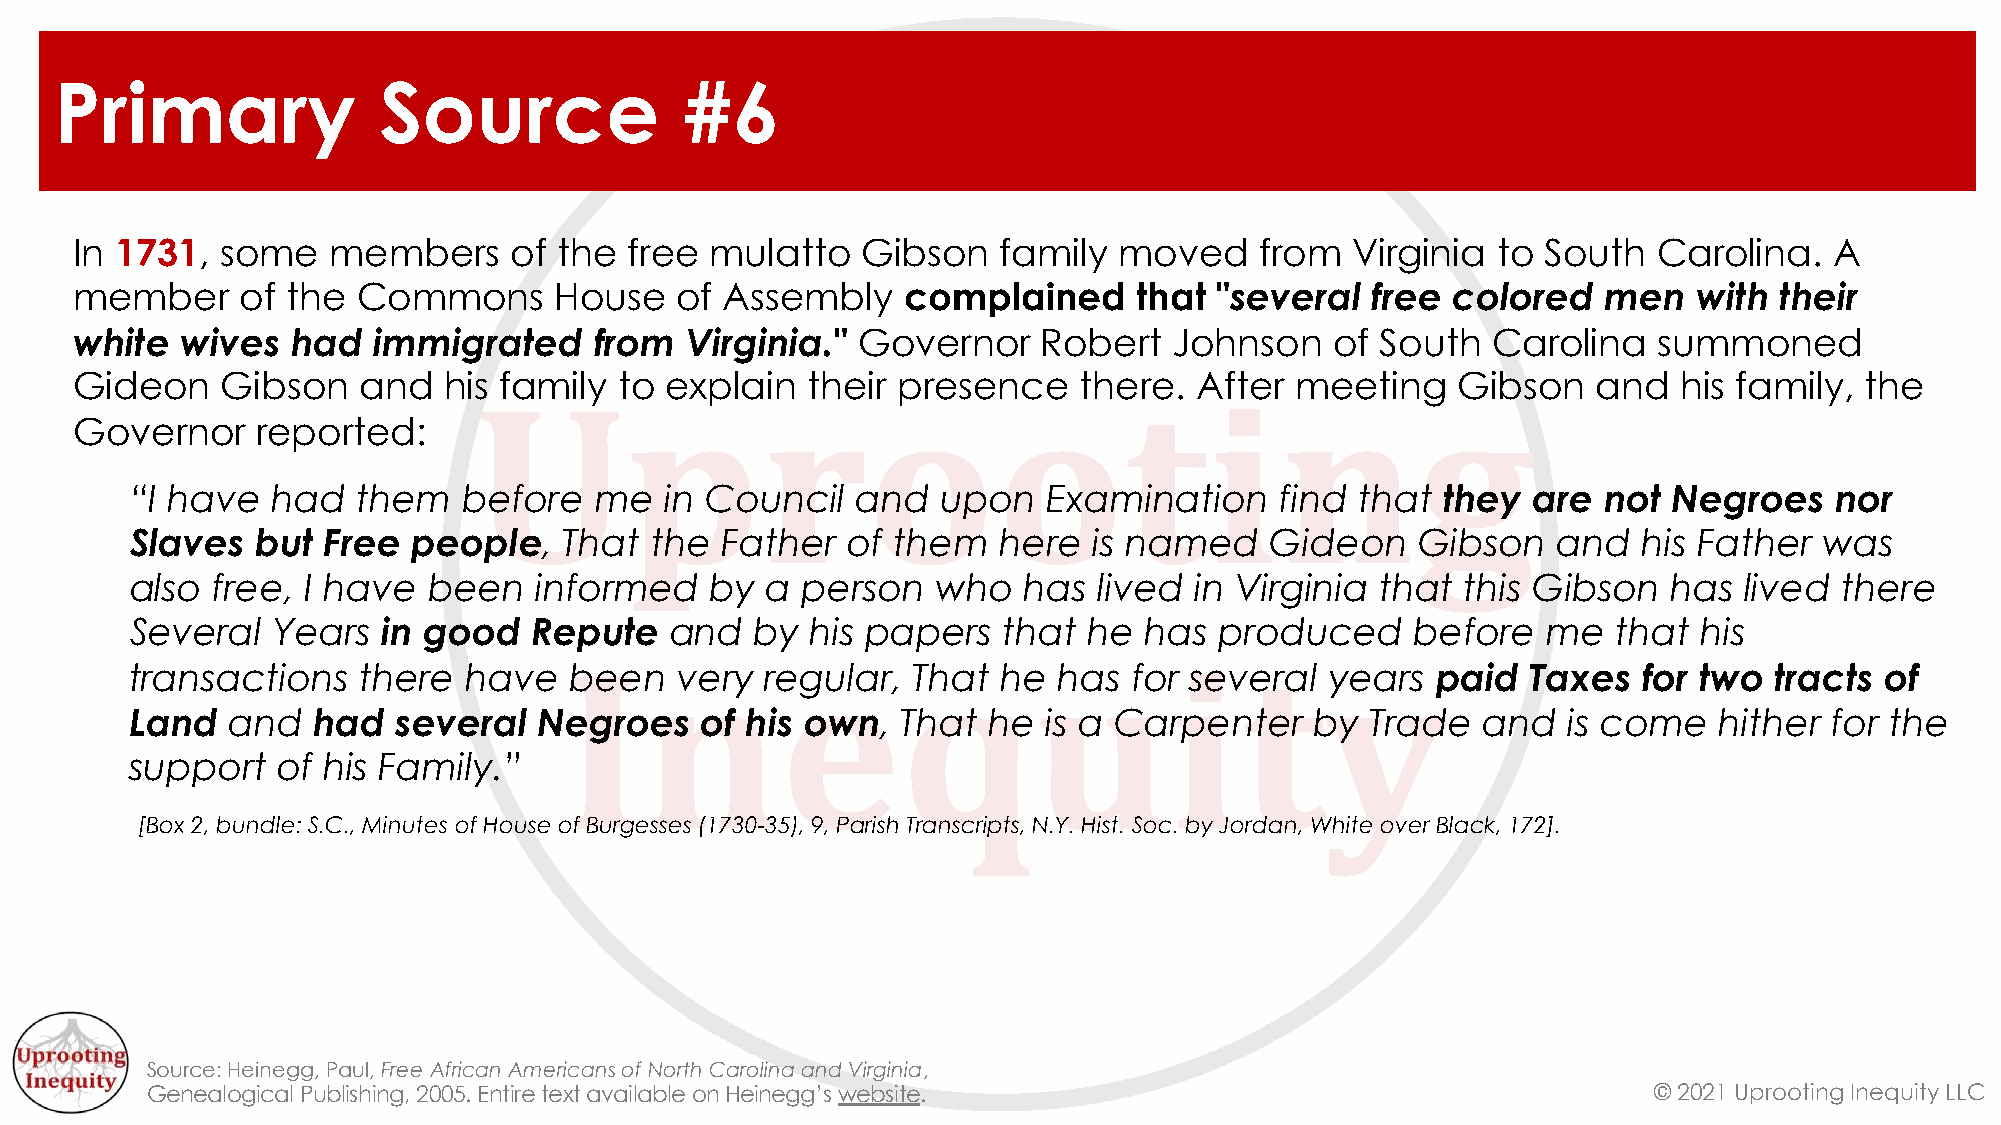
Primary              Source              #6
 In 1731,  some   members     of the  free mulatto   Gibson   family  moved    from  Virginia  to South   Carolina.  A
 member     of the  Commons      House   of Assembly    complained     that "several   free colored   men   with  their
 white  wives  had   immigrated    from  Virginia."  Governor    Robert   Johnson   of South   Carolina   summoned
 Gideon    Gibson   and  his family  to explain  their presence    there.  After  meeting   Gibson    and  his family, the
 Governor    reported:
 “I have  had   them   before  me   in Council   and  upon   Examination     find that they  are  not  Negroes   nor
 Slaves  but Free  people,   That  the  Father  of them   here  is named    Gideon    Gibson   and   his Father  was
 also free, I have  been   informed    by  a person   who   has  lived in Virginia that  this Gibson   has lived  there
 Several  Years  in good   Repute   and   by  his papers  that  he  has  produced     before  me   that  his
 transactions   there  have   been   very  regular, That  he  has  for several  years  paid  Taxes   for two tracts  of
 Land  and   had  several   Negroes   of his own,   That he  is a Carpenter    by  Trade  and   is come   hither for the
 support  of his Family.”
 [Box 2, bundle: S.C., Minutes of House of Burgesses (1730-35), 9, Parish Transcripts, N.Y. Hist. Soc. by Jordan, White over Black, 172].
 Source: Heinegg, Paul, Free African Americans of North Carolina and Virginia,
 Genealogical Publishing, 2005. Entire text available on Heinegg’s website.                         © 2021 Uprooting Inequity LLC